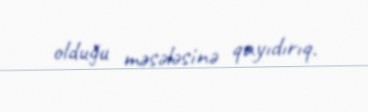
olduğu məsələsinə qayıdırıq.